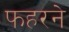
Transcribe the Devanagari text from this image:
फहरने